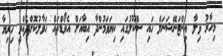
މިހާރު ވިލާ އިންޓަނޭޝަނަލް ހައި ސްކޫލުގައި ކިޔަވަމުންދާ އިބާއަށް އެވޯޑްތައް ހަވާލުކޮށްދެއްވީ ހިރިޔާ